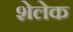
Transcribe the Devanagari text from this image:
शेलेक